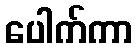
ပေါက်ကာ